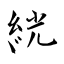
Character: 絖